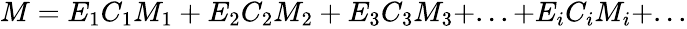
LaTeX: \begin{array}{r}{M=E_{1}C_{1}M_{1}+E_{2}C_{2}M_{2}+E_{3}C_{3}M_{3}+...+E_{i}C_{i}M_{i}+...}\end{array}